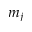
m _ { j }